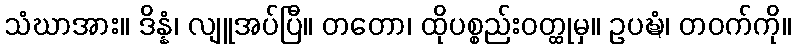
သံဃာအား။ ဒိန္နံ၊ လျူအပ်ပြီ။ တတော၊ ထိုပစ္စည်းဝတ္ထုမှ။ ဥပဍ္ဎံ၊ တဝက်ကို။